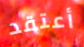
أعتقد